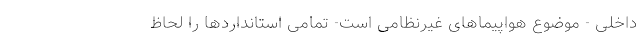
داخلی - موضوع هواپیماهای غیرنظامی است- تمامی استانداردها را لحاظ